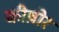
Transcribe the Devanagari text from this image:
कीष़ोर